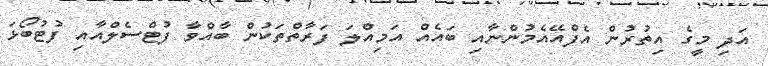
އަދި މީގެ އިތުރުން އެފްއޭއެމުންނާއި ބައެއް އަމިއްލަ ފަރާތްތަކުން ބާއްވާ ފުޓްސެލްއާއި ފުޓުބޯޅަ